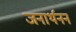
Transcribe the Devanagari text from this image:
जनार्थनन